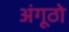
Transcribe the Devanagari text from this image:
अंगूठो